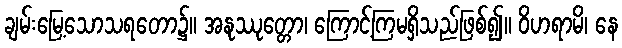
ချမ်းမြေ့သောသရတော၌။ အနုဿုတ္တော၊ ကြောင့်ကြမရှိသည်ဖြစ်၍။ ဝိဟရာမိ၊ နေ